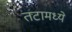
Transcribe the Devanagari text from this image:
तटामध्ये